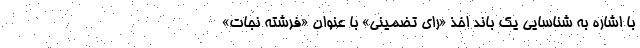
با اشاره به شناسایی یک باند اخذ «رای تضمینی» با عنوان «فرشته نجات»